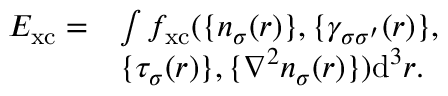
\begin{array} { r l } { E _ { \mathrm { x c } } = } & { \int f _ { \mathrm { x c } } ( \{ n _ { \sigma } ( \boldsymbol { r } ) \} , \{ \gamma _ { \sigma \sigma ^ { \prime } } ( \boldsymbol { r } ) \} , } \\ & { \{ \tau _ { \sigma } ( \boldsymbol { r } ) \} , \{ \nabla ^ { 2 } n _ { \sigma } ( \boldsymbol { r } ) \} ) \mathrm { d } ^ { 3 } r . } \end{array}